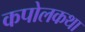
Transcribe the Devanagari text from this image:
कपोलकथा